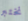
نختبر